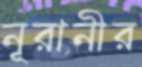
নূরানীর